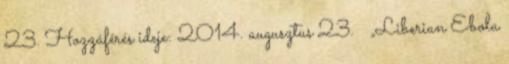
23. Hozzáférés ideje: 2014. augusztus 23. ↑ „Liberian Ebola